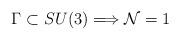
LaTeX: \begin{align*}\Gamma \subset SU(3) \Longrightarrow {\cal N} = 1\end{align*}